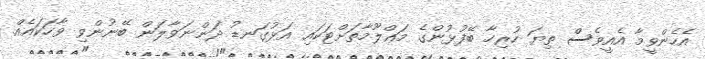
އެހެންވީމާ އެއީވެސް ތިޔަ ހުރިހާ ބޭފުޅުންގެ މަޢްލޫމާތަށްޓަކައި އަޅުގަނޑު ދަންނަވާލަން ބޭނުންވި ވާހަކައެއް.